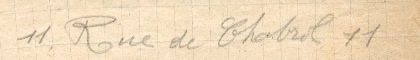
11, Rue de Chabrol 11